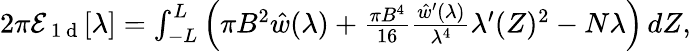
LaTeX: \begin{array}{r}{2\pi\mathcal{E}_{\mathrm{~1~d~}}[\lambda]=\int_{-L}^{L}\Big(\pi B^{2}\hat{w}(\lambda)+\frac{\pi B^{4}}{16}\frac{\hat{w}^{\prime}(\lambda)}{\lambda^{4}}\lambda^{\prime}(Z)^{2}-N\lambda\Big)\, dZ,}\end{array}